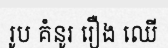
រូប គំនូរ រឿង ឈើ